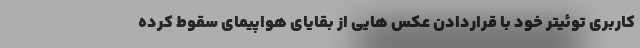
کاربری توئیتر خود با قراردادن عکس هایی از بقایای هواپیمای سقوط کرده